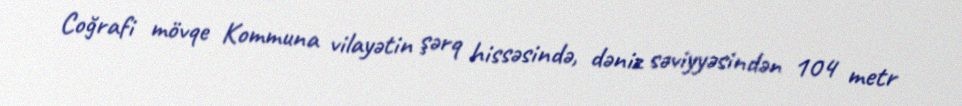
Coğrafi mövqe Kommuna vilayətin şərq hissəsində, dəniz səviyyəsindən 104 metr